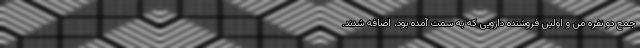
جمع دو نفره من و اولین فروشنده دارویی که به سمت آمده بود، اضافه شدند.